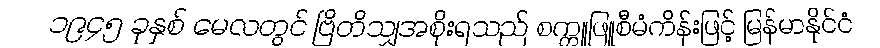
၁၉၄၅ ခုနှစ် မေလတွင် ဗြိတိသျှအစိုးရသည် စက္ကူဖြူစီမံကိန်းဖြင့် မြန်မာနိုင်ငံ